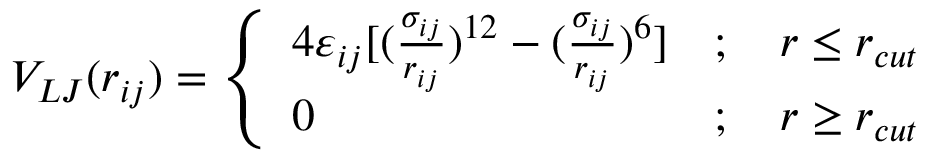
\centering V _ { L J } ( r _ { i j } ) = \left\{ \begin{array} { l r } { 4 \varepsilon _ { i j } [ ( \frac { \sigma _ { i j } } { r _ { i j } } ) ^ { 1 2 } - ( \frac { \sigma _ { i j } } { r _ { i j } } ) ^ { 6 } ] } & { ; \quad r \leq r _ { c u t } } \\ { 0 } & { ; \quad r \geq r _ { c u t } } \end{array} \right.